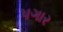
પગાર